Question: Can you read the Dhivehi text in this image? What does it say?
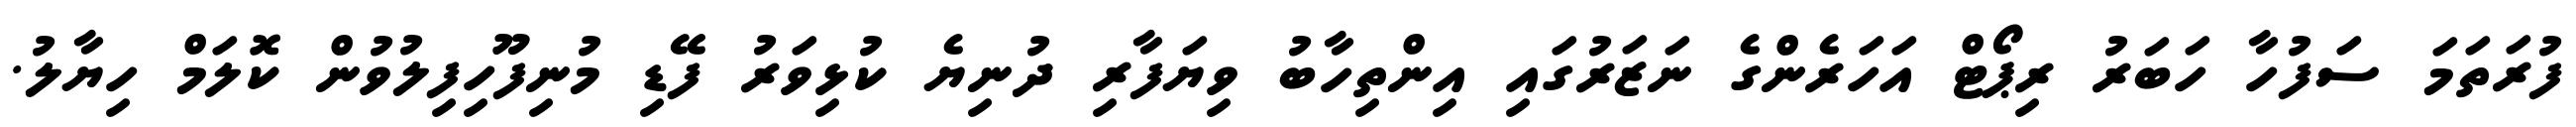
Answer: ފުރަތަމަ ސަފުހާ ހަބަރު ރިޕޯޓް އަހަރެންގެ ނަޒަރުގައި އިންތިހާބު ވިޔަފާރި ދުނިޔެ ކުޅިވަރު ފޭޑި މުނިފޫހިފިލުވުން ކޮލަމް ހިޔާލު.